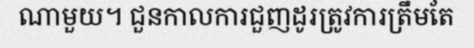
ណាមួយ។ ជួនកាលការជួញដូរត្រូវការត្រឹមតែ